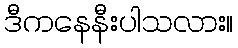
ဒီကနေနီးပါသလား။